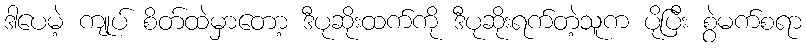
ဒါပေမဲ့ ကျုပ် စိတ်ထဲမှာတော့ ဒီပုဆိုးထက်ကို ဒီပုဆိုးရက်တဲ့သူက ပိုပြီး စွဲမက်စရာ